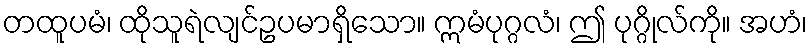
တထူပမံ၊ ထိုသူရဲလျင်ဥပမာရှိသော။ ဣမံပုဂ္ဂလံ၊ ဤ ပုဂ္ဂိုလ်ကို။ အဟံ၊